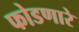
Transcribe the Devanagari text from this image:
फोडणारे